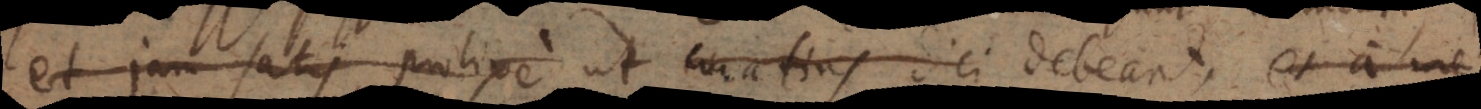
et jam satis prolixe ut curatius dici attingi et a me